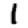
Digit: 1